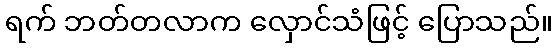
ရက် ဘတ်တလာက လှောင်သံဖြင့် ပြောသည်။